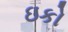
ઇકો